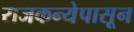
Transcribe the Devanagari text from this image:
राजकन्येपासून